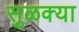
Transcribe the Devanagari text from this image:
सुळक्या